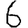
Digit: 6